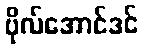
ဗိုလ်အောင်ဒင်